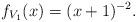
LaTeX: \begin{align*}f_{V_1}(x) = (x+1)^{-2}.\end{align*}